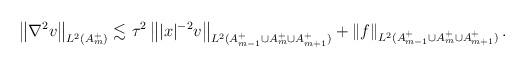
LaTeX: \begin{align*}\left\| \nabla^2 v \right\|_{L^2(A_m^+)} \lesssim &\ \tau^2 \left\| |x|^{-2} v \right\|_{L^2(A_{m-1}^+\cup A_m^+ \cup A_{m+1}^+)} + \left\| f \right\|_{L^2(A_{m-1}^+\cup A_m^+ \cup A_{m+1}^+)}.\end{align*}